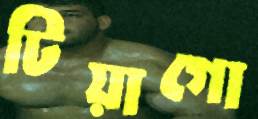
টিয়াগো